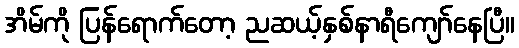
အိမ်ကို ပြန်ရောက်တော့ ညဆယ့်နှစ်နာရီကျော်နေပြီ။